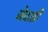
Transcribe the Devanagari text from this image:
जेवान्नी